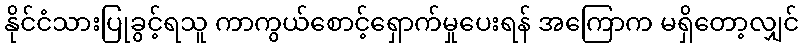
နိုင်ငံသားပြုခွင့်ရသူ ကာကွယ်စောင့်ရှောက်မှုပေးရန် အကြောက မရှိတော့လျှင်